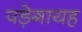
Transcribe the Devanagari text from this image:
पड़ेगायह